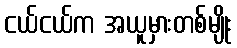
ငယ်ငယ်က အယူမှားတစ်မျိုး